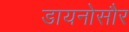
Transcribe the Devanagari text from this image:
डायनोसौर